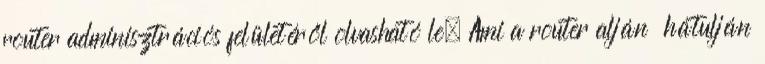
router adminisztrációs felületéről olvasható le. Ami a router alján hátulján